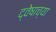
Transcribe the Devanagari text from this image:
द्वेषाच्या